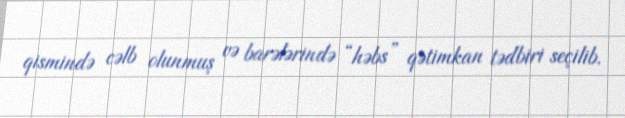
qismində cəlb olunmuş və barələrində “həbs” qətimkan tədbiri seçilib.